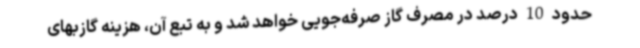
حدود 10 درصد در مصرف گاز صرفه‌جویی خواهد شد و به تبع آن، هزینه گازبهای